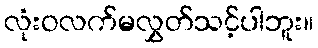
လုံးဝလက်မလွှတ်သင့်ပါဘူး။